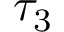
\tau _ { 3 }